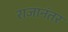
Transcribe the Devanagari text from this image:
राजानंतर